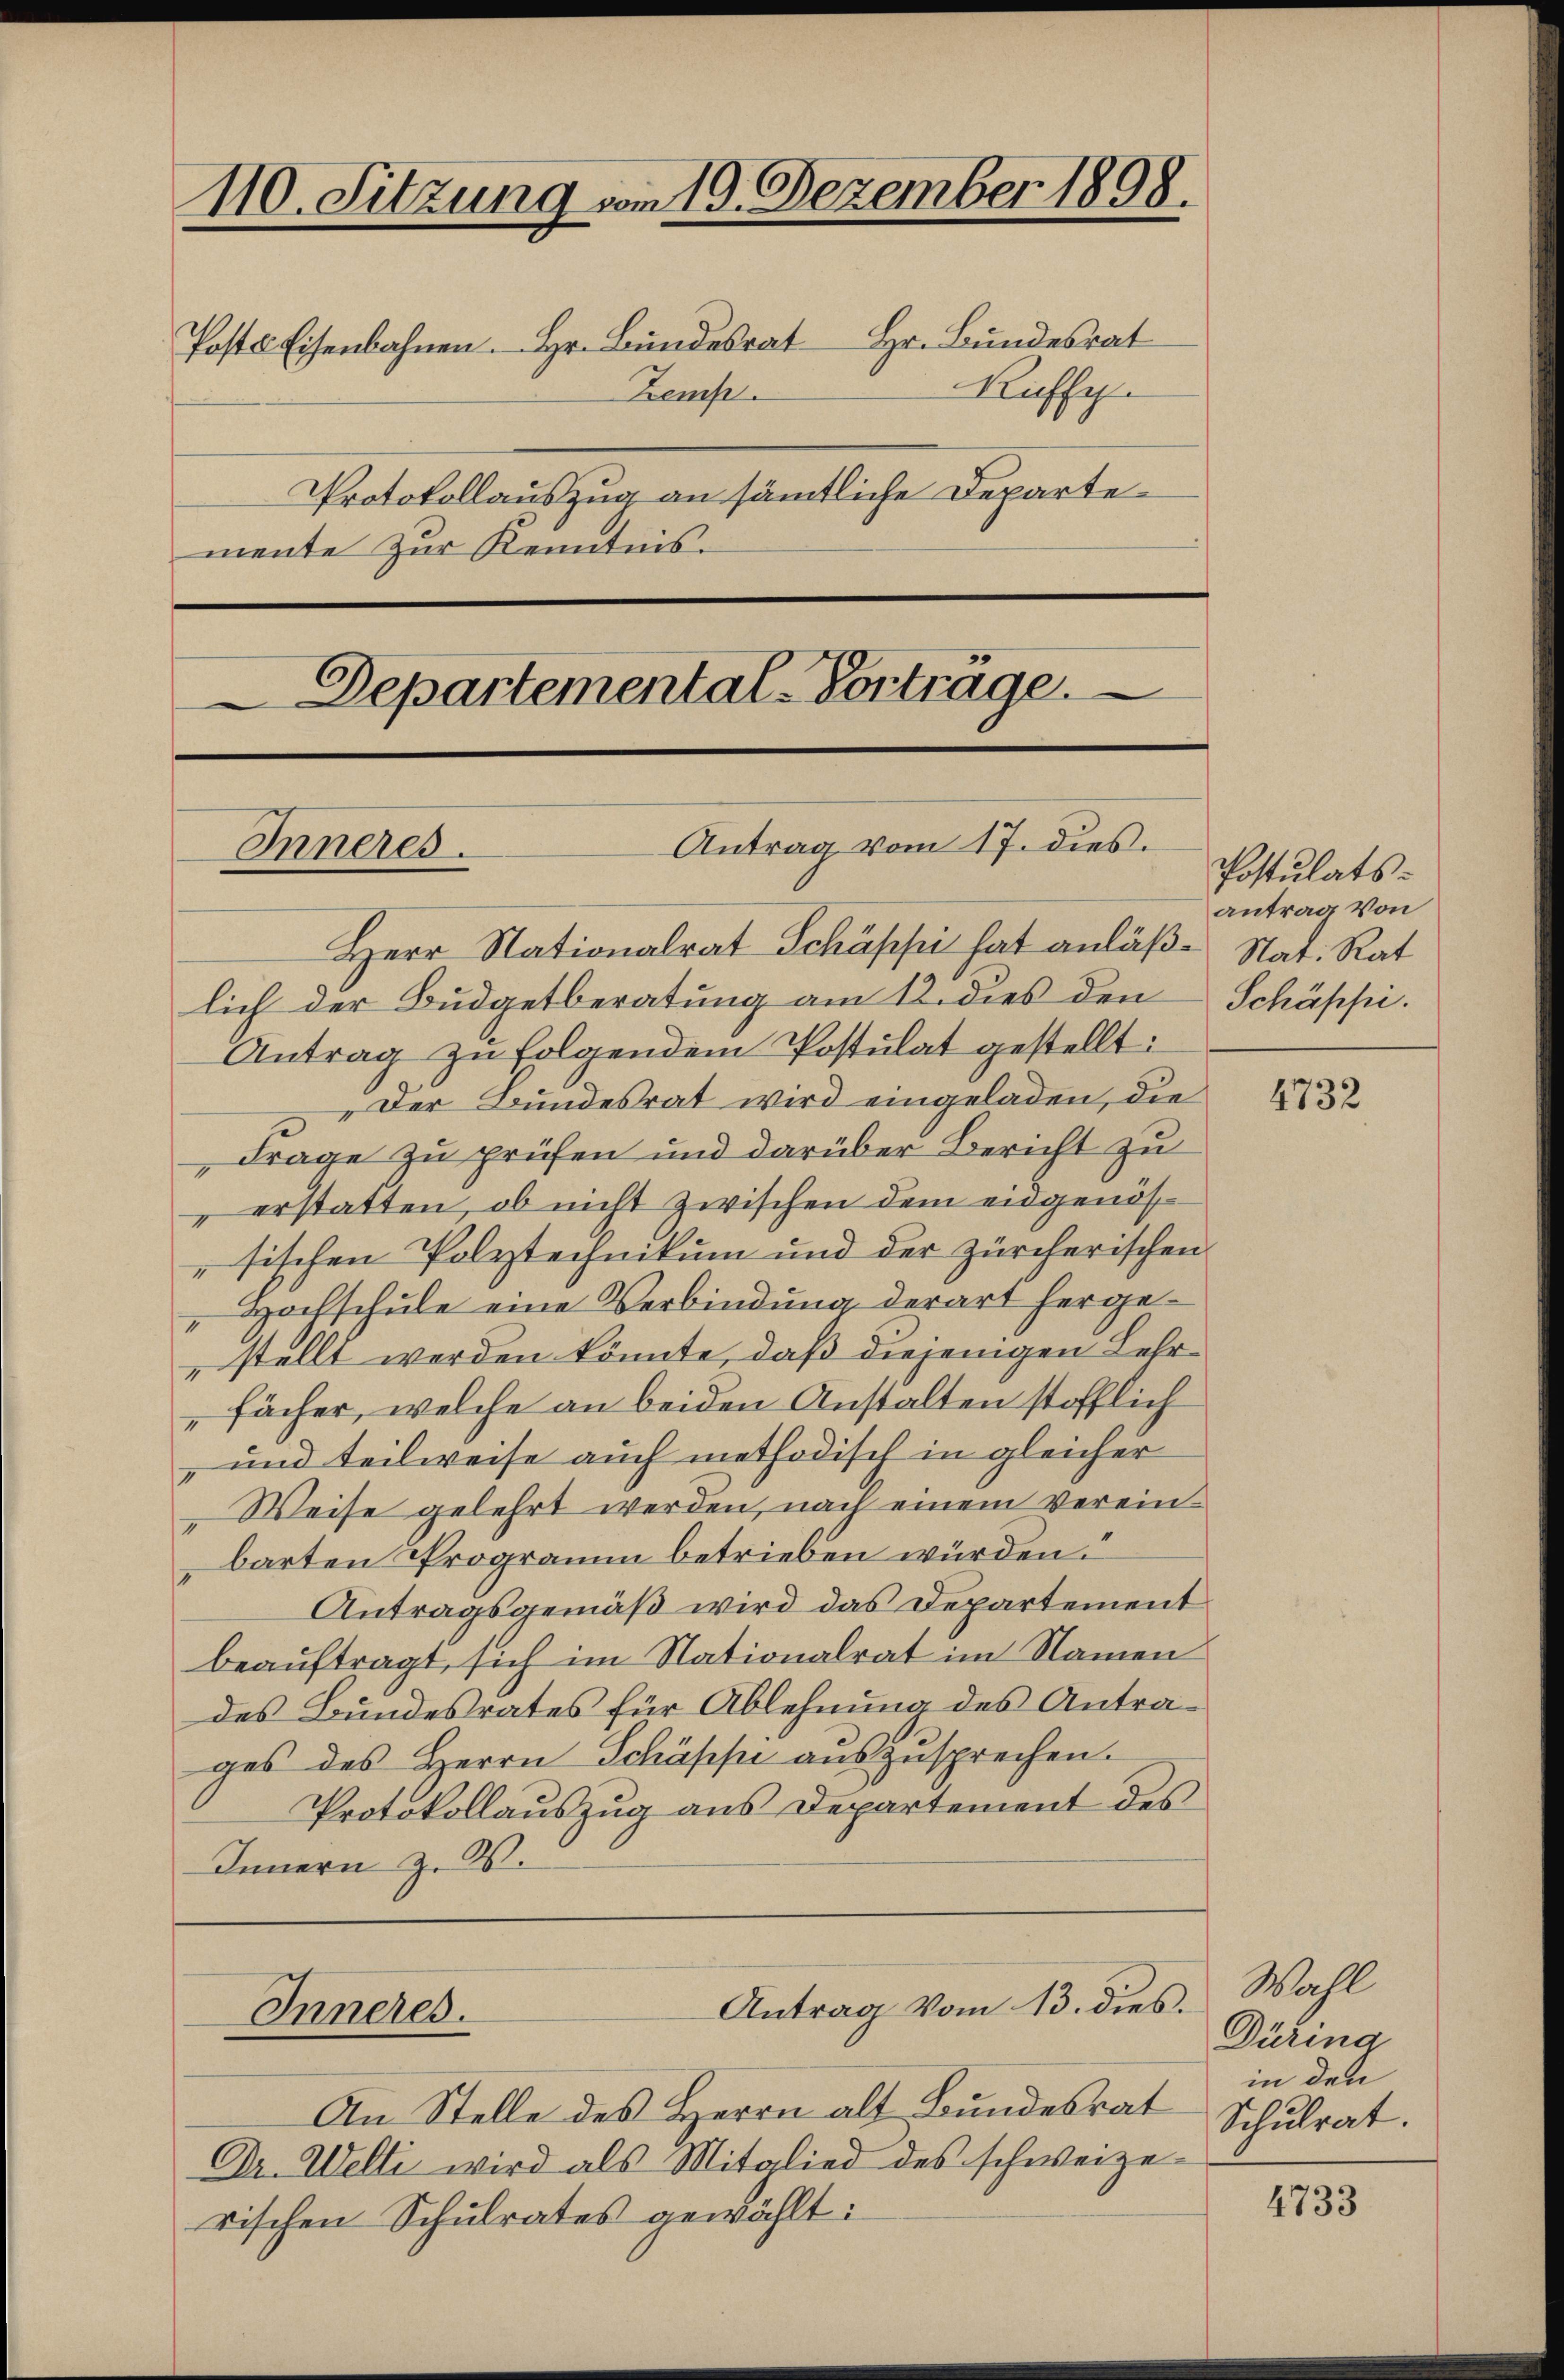
110. Sitzung vom 19. Dezember 1898.

Poste Eisenbahnen. Hr. Bundesrat Hr. Bundesrat
Kuffe
Zemp.
Protokollauszug an sämmtliche Departe¬

mente zur Kenntnis.

Departemental-Vortrage.
Antrag vom 17. dies
Inneres.

Herr Nationalrat Schäppi hat anläß- Stat. Rat
lich der Budgetberatung am 12. dies den
Antrag zu folgendem Postulat gestellt:
Der Bundesrat wird eingeladen, die
Frage zu prüfen und darüber Bericht zu
„erstatten, ob nicht zwischen dem eingenössischen Polytechnikum und der zürcherischen
Hochschule eine Verbindung derart herge¬
7
stellt werden könnte, daß diejenigen Lehrfächer, welche an beiden Anstalten stofflich
-und teilweise auch methodisch in gleicher
Weise gelehrt werden, nach einem Vereinbarten Programm betrieben würden.
Antragsgemäß wird das Departement
beauftragt, sich im Nationalrat im Namen
des Bundesrates für Ablehnung des Antrages des Herrn Schäppi auszusprechen.
Protokollauszug aus Departement des
Innern z. B.

Inneres.

Antrag vom 13. dies

An Stelle des Herrn alt Bundesrat
Dr. Welti wird als Mitglied des schweizerischen Schulrates gewählt:

Postulatsantrag von
Schäppi.

4732

Wahl
Düring
in den
Schulrat

4733